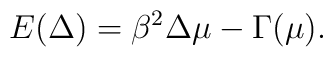
E(\Delta )=\beta ^{2} \Delta \mu - \Gamma (\mu ).